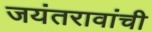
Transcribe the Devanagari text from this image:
जयंतरावांची